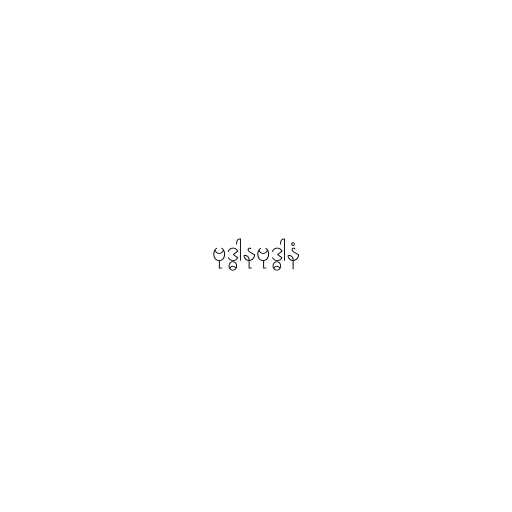
ဗုဒ္ဓါနုဗုဒ္ဓါနံ